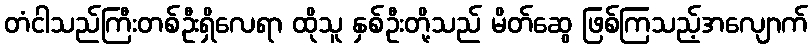
တံငါသည်ကြီးတစ်ဦးရှိလေရာ ထိုသူ နှစ်ဦးတို့သည် မိတ်ဆွေ ဖြစ်ကြသည့်အလျောက်